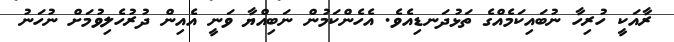
ރާއަކީ ހުރިހާ ނުބައިކަމެއްގެ ތަޅުދަނޑިއެވެ. އެހެންކަމުން ނަބިއްޔާ ވަނީ އެއިން ދުރުހެލިވުމަށް ނުހަނު